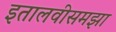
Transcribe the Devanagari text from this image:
इतालवीसमझा